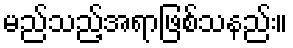
မည်သည့်အရာဖြစ်သနည်း။